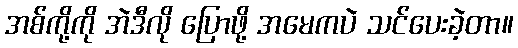
အစ်ကို့ကို အဲဒီလို ပြောဖို့ အမေကပဲ သင်ပေးခဲ့တာ။